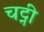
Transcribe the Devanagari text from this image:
चट्नी